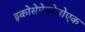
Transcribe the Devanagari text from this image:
इकोसेपेनटेनोएक